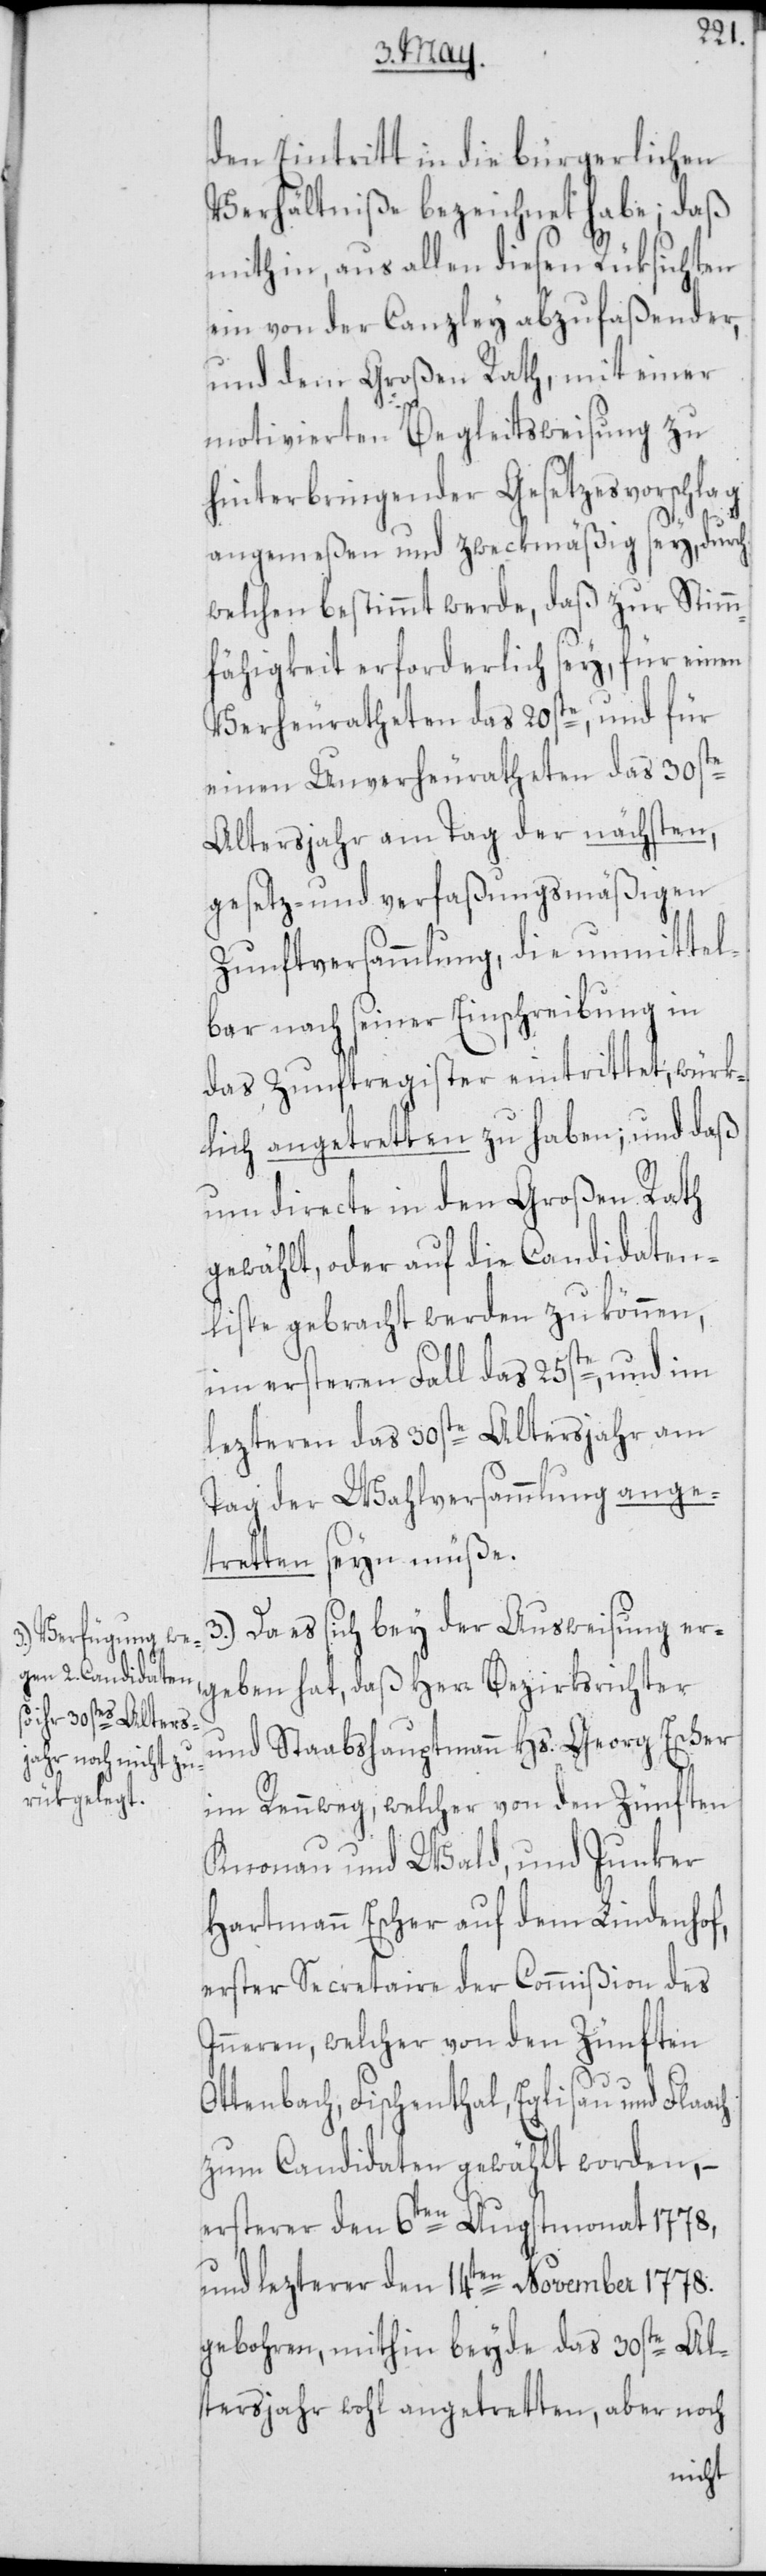
den Eintritt in die bürgerlichen
Verhältniße bezeichnet habe; daß
mithin, aus allen diesen Rüksichten
ein von der Canzley abzufaßender,
und dem Großen Rath, mit einer
motivierten Begleitsweisung zu
hinterbringender Gesetzesvorschlag
angemeßen und zweckmäßig sey, durch
welchen bestimmt werde, daß zur Stimm¬
fähigkeit erforderlich sey, für einen
Verheuratheten das 20ste, und für
einen Unverheuratheten das 30ste
Altersjahr am Tag der nächsten,
gesetz- und verfaßungsmäßigen
Zunftversammlung, die unmittel¬
bar nach seiner Einschreibung in
das Zunftregister eintrittet, würk¬
lich angetretten zu haben; und daß
um directe in den Großen Rath
gewählt, oder auf die Candidaten¬
liste gebracht werden zu können,
im ersteren Fall das 25ste, und im
lezteren das 30ste Altersjahr am
Tag der Wahlversammlung ange¬
tretten seyn müße.
Da es sich bey der Ausweisung er¬
geben hat, daß Herr Bezirksrichter
und Staabshauptmann Hs. Georg Escher
im Rennweg, welcher von den Zünften
Knonau und Wald, und Junker
Hartmann Escher auf dem Lindenhof,
erster Secretaire der Commißion des
Inneren, welcher von den Zünften
Ottenbach, Fischenthal, Eglisau und Flaach
zum Candidaten gewählt worden, –
ersterer den 6ten Augstmonat 1778,
und lezterer den 14ten November 1778.
gebohren, mithin beyde das 30ste Al¬
tersjahr wohl angetretten, aber noch